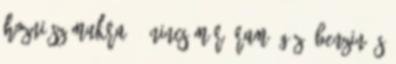
hozni számukra. – Nincs már áram, gáz, benzin és